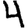
Digit: 4